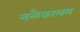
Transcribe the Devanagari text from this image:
मळैकालम